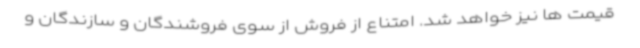
قیمت ها نیز خواهد شد. امتناع از فروش از سوی فروشندگان و سازندگان و